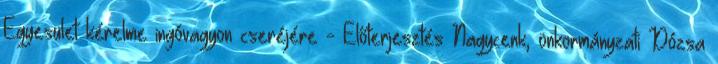
Egyesület kérelme ingóvagyon cseréjére - Előterjesztés Nagycenk, önkormányzati Dózsa